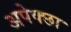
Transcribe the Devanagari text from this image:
अपेक्छा